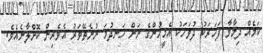
ކަމެއް ދިމާވާ ފަހަރަކު ދުވަހަކު އެމީހުންގެ ނަން ހަނދުމަ ނުނެތޭވަރު އެވެރިން ކޮށްލާނެއެވެ.